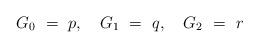
LaTeX: \begin{align*} G_{0} \ = \ p,\ \ \ G_{1} \ = \ q,\ \ \ G_{2}\ = \ r \end{align*}